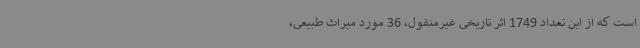
است که از این تعداد 1749 اثر تاریخی غیرمنقول، 36 مورد میراث طبیعی،